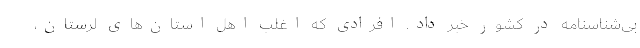
بی‌شناسنامه در کشور خبر داد. افرادی که اغلب اهل استان‌های لرستان،